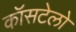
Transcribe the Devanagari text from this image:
कॉसटेलो